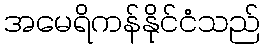
အမေရိကန်နိုင်ငံသည်